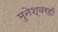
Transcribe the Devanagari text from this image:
मुनेश्वरही